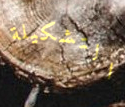
التشكيلة